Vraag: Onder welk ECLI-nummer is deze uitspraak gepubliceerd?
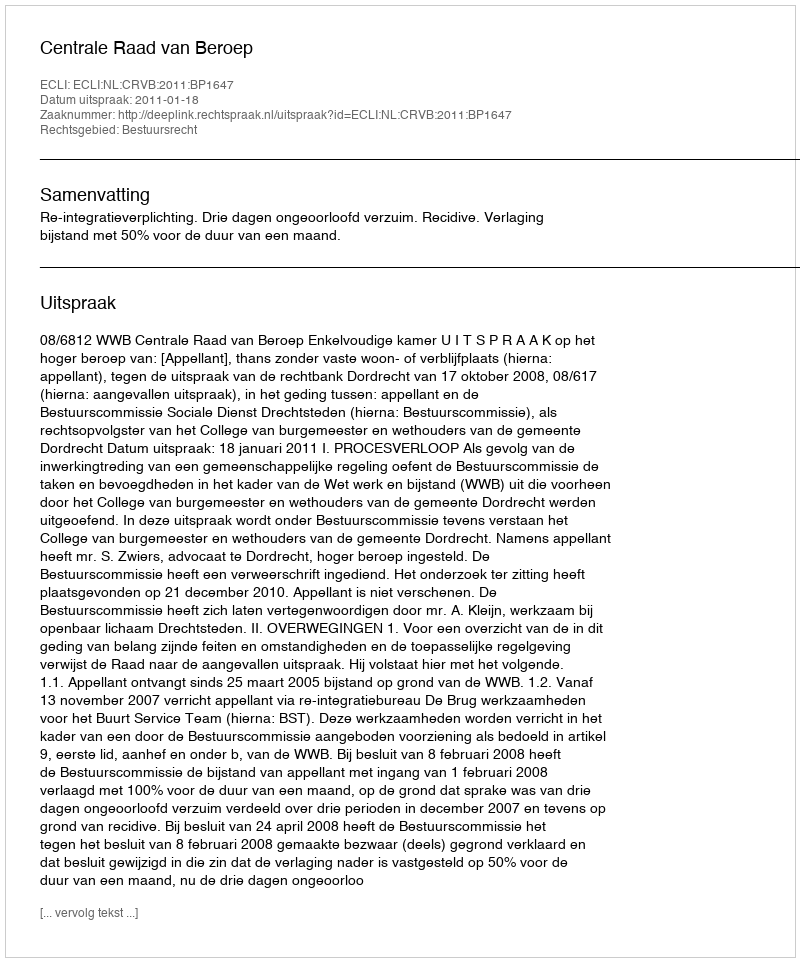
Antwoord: ECLI:NL:CRVB:2011:BP1647